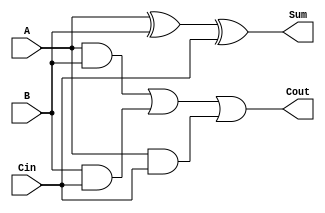
module full_adder (
    input  wire A,     // First input bit
    input  wire B,     // Second input bit
    input  wire Cin,   // Carry-in bit
    output wire Sum,   // Sum output
    output wire Cout   // Carry-out output
);

// Calculate the sum using XOR gates
assign Sum = A ^ B ^ Cin;

// Calculate the carry-out using AND and OR gates
assign Cout = (A & B) | (B & Cin) | (A & Cin);

endmodule